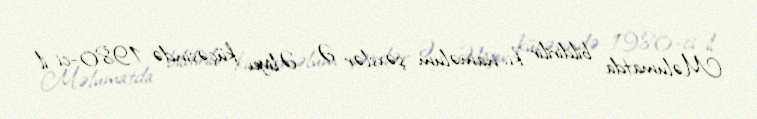
Məlumatda bildirilir ki, naməlum şəxslər Ə. Əliyev küçəsində 1980-ci il